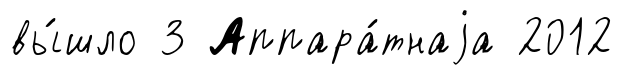
вы́шло 3 Аппара́тнаjа 2012